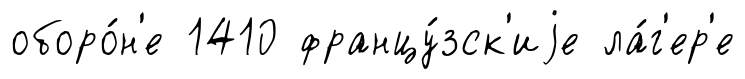
оборо́н'е 1410 францу́зск'иjе ла́г'ер'е